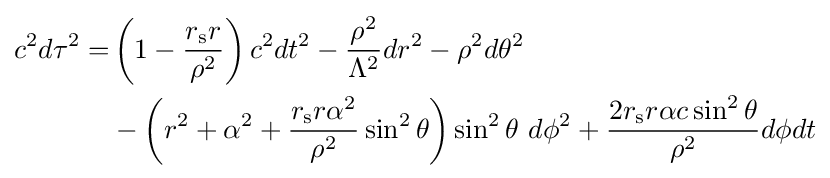
{\begin{aligned}c^{2}d\tau ^{2}=&\left(1-{\frac {r_{\text{s}}r}{\rho ^{2}}}\right)c^{2}dt^{2}-{\frac {\rho ^{2}}{\Lambda ^{2}}}dr^{2}-\rho ^{2}d\theta ^{2}\\&{}-\left(r^{2}+\alpha ^{2}+{\frac {r_{\text{s}}r\alpha ^{2}}{\rho ^{2}}}\sin ^{2}\theta \right)\sin ^{2}\theta \ d\phi ^{2}+{\frac {2r_{\text{s}}r\alpha c\sin ^{2}\theta }{\rho ^{2}}}d\phi dt\end{aligned}}